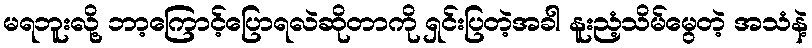
မရဘူးလို့ ဘာ့ကြောင့်ပြောရလဲဆိုတာကို ရှင်းပြတဲ့အခါ နူးညံ့သိမ်မွေတဲ့ အသံနဲ့